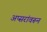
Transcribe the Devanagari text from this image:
अप्सरांवरून